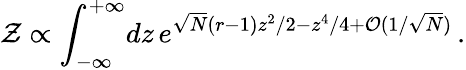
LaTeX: {\cal Z}\propto\int_{-\infty}^{+\infty}\! dz\, e^{\sqrt{N}(r-1)z^{2}/2-z^{4}/4+{\cal O}(1/\sqrt{N})}\, .